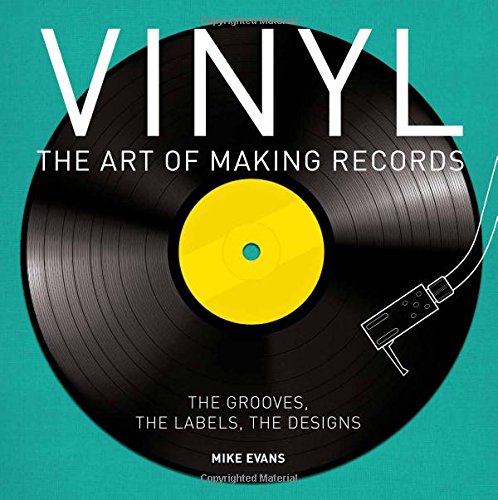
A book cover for Vinyl: The Art of Making Records; Mike Evans; Arts & Photography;